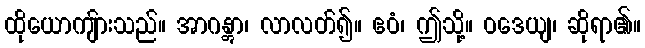
ထိုယောကျ်ားသည်။ အာဂန္တွာ၊ လာလတ်၍။ ဧဝံ၊ ဤသို့။ ဝဒေယျ၊ ဆိုရာ၏။